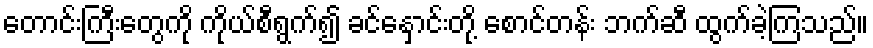
တောင်းကြီးတွေကို ကိုယ်စီရွက်၍ ခင်နှောင်းတို့ စောင်တန်း ဘက်ဆီ ထွက်ခဲ့ကြသည်။